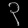
Digit: ၃